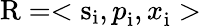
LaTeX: {\mathrm{R}}=<{\mathrm{s}}_{\mathrm{i}}{,p}_{\mathrm{i}}{,x}_{\mathrm{i}}>